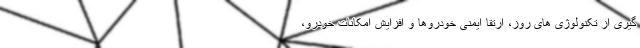
گیری از تکنولوژی های روز، ارتقا ایمنی خودروها و افزایش امکانات خودرو،